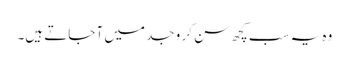
وہ یہ سب کچھ سن کر وجد میں آ جاتے ہیں۔